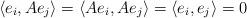
LaTeX: \begin{align*}\langle e_{i}, Ae_{j} \rangle = \langle Ae_{i}, Ae_{j} \rangle = \langle e_{i}, e_{j} \rangle = 0\end{align*}